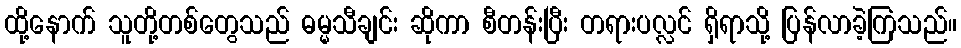
ထို့နောက် သူတို့တစ်တွေသည် ဓမ္မသီချင်း ဆိုကာ စီတန်းပြီး တရားပလ္လင် ရှိရာသို့ ပြန်လာခဲ့ကြသည်။